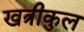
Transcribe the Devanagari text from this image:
खत्रीकुल